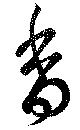
香